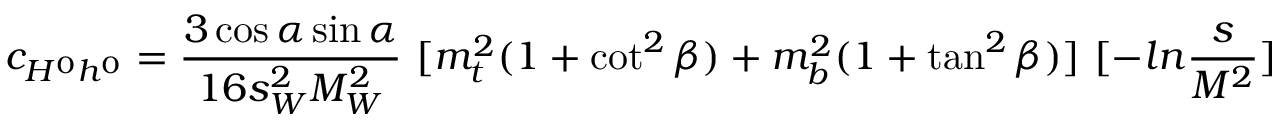
c _ { H ^ { 0 } h ^ { 0 } } = { \frac { 3 \cos \alpha \sin \alpha } { 1 6 s _ { W } ^ { 2 } M _ { W } ^ { 2 } } } ~ [ m _ { t } ^ { 2 } ( 1 + \cot ^ { 2 } \beta ) + m _ { b } ^ { 2 } ( 1 + \tan ^ { 2 } \beta ) ] ~ [ - l n { \frac { s } { M ^ { 2 } } } ]